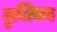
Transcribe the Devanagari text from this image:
तुलिका